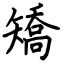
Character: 矯